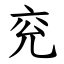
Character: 兖